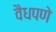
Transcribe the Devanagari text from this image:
वैधपणे